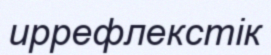
иррефлекстік